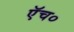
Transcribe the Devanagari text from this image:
एॅच०